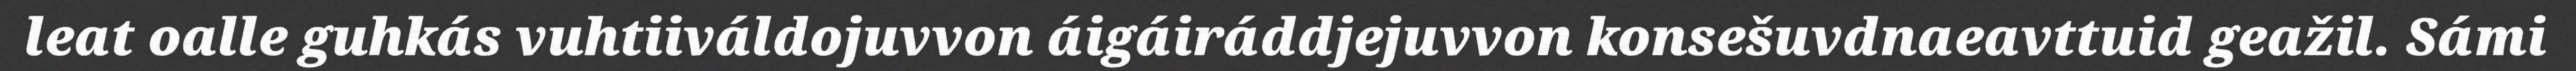
leat oalle guhkás vuhtiiváldojuvvon áigáiráddjejuvvon konsešuvdnaeavttuid geažil. Sámi